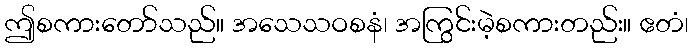
ဤစကားတော်သည်။ အသေသဝစနံ၊ အကြွင်းမဲ့စကားတည်း။ ဧတံ၊